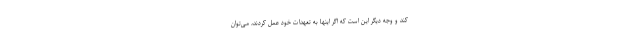
کند و وجه دیگر این است که اگر اینها به تعهدات خود عمل کردند، می‌توان